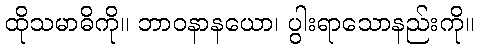
ထိုသမာဓိကို။ ဘာဝနာနယော၊ ပွါးရာသောနည်းကို။